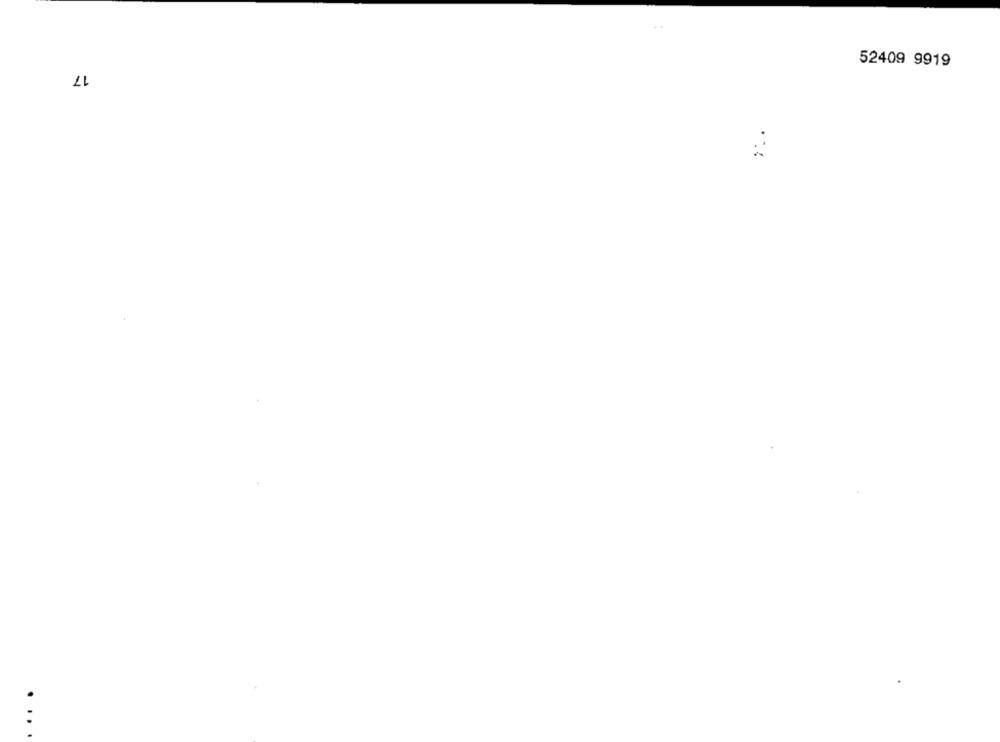
17
52409 9919